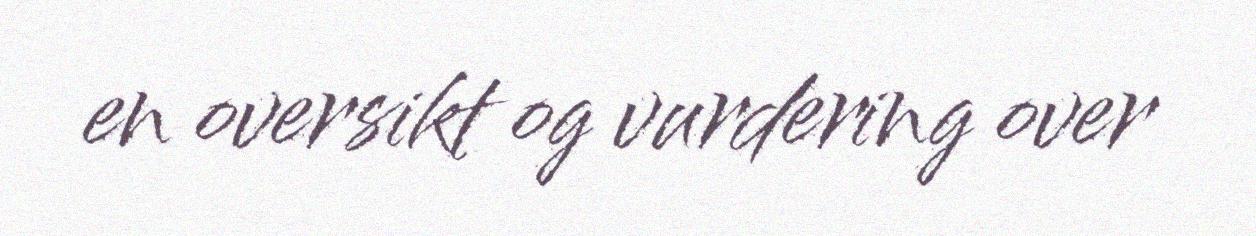
en oversikt og vurdering over